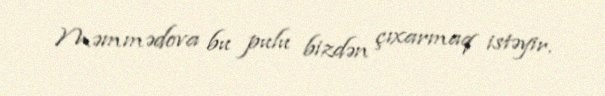
Məmmədova bu pulu bizdən çıxarmaq istəyir.